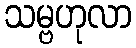
သမ္ဗဟုလာ